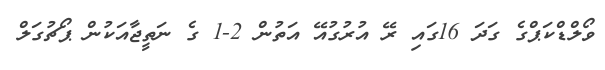
ވޯލްޑްކަޕްގެ ގަދަ 16ގައި ރޭ އުރުގުއޭ އަތުން 2-1 ގެ ނަތީޖާއަކުން ޕޯޗުގަލް